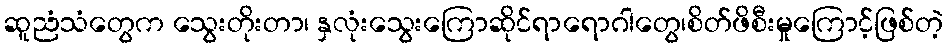
ဆူညံသံတွေက သွေးတိုးတာ၊ နှလုံးသွေးကြောဆိုင်ရာရောဂါတွေ၊စိတ်ဖိစီးမှုကြောင့်ဖြစ်တဲ့